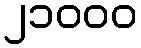
၂၁၀၀၀